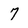
Character: 7